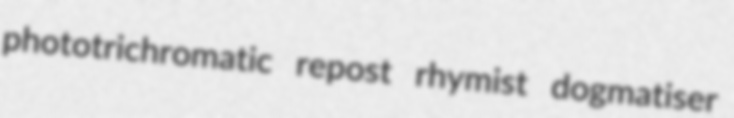
phototrichromatic repost rhymist dogmatiser